Supplement to the account of plague administration in the Bombay Presidency from September 1896 till May 1897
Year: 1896
Disease focus: Plague
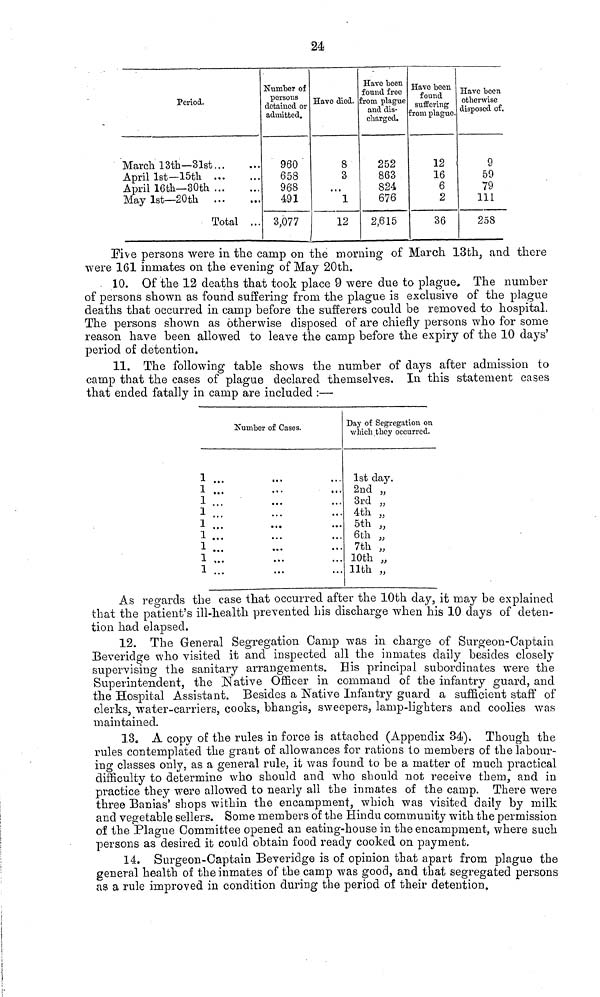
24
Period.
March 13th— 31st
...
April 1st— 15th
...
April 16th— 30th
...
May 1st— 20th
...
Total ...
Number of
persons
detained or
admitted.
960
658
968
491
3,077
Have died.
8
3
...
1
12
Have been
found free
from plague
and dis-
charged.
252
863
824
676
2,615
Have been
found
suffering
from plague.
12
16
6
2
36
Have been
otherwise
disposed of.
9
59
79
111
258
Five persons were in the camp on the morning of March 13th, and there
were 161 inmates on the evening of May 20th.
10.
Of the 12 deaths that took place 9 were due to plague» The number
of persons shown as found suffering from the plague is exclusive of the plague
deaths that occurred in camp before the sufferers could be removed to hospital.
The persons shown as otherwise disposed of are chiefly persons who for some
reason have been allowed to leave the camp before the expiry of the 10 days'
period of detention.
11. The following table shows the number of days after admission to
camp that the cases of plague declared themselves. In this statement cases
that ended fatally in camp are included :—
Number of Cases.
1 ... ... ...
1 ... ... ...
1 ... ... ...
1 ... ... ...
1 ... ... ...
1 ... ... ...
1 ... ... ...
1 ... ... ...
1 ... ... ...
Day of Segregation on
which they occurred.
1st day.
2nd ,,
3rd „
4th „
5th „
6th „
7th „
10th „
11th „
As regards the case that occurred after the 10th day, it may be explained
that the patient's ill-health prevented his discharge when his 10 days of deten-
tion had elapsed.
12. The General Segregation Camp was in charge of Surgeon-Captain
Beveridge who visited it and inspected all the inmates daily besides closely
supervising the sanitary arrangements. His principal subordinates were the
Superintendent, the Native Officer in command of the infantry guard, and
the Hospital Assistant. Besides a Native Infantry guard a sufficient staff of
clerks, water-carriers, cooks, bhangis, sweepers, lamp-lighters and coolies was
maintained.
13. A copy of the rules in force is attached (Appendix 34). Though the
rules contemplated the grant of allowances for rations to members of the labour-
ing classes only, as a general rule, it was found to be a matter of much practical
difficulty to determine who should and who should not receive them, and in
practice they were allowed to nearly all the inmates of the camp. There were
three Banias' shops within the encampment, which was visited daily by milk
and vegetable sellers. Some members of the Hindu community with the permission
of the Plague Committee opened an eating-house in the encampment, where such
persons as desired it could obtain food ready cooked on payment.
14. Surgeon-Captain Beveridge is of opinion that apart from plague the
general health of the inmates of the camp was good, and that segregated persons
as a rule improved in condition during the period of their detention.